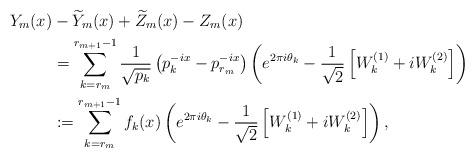
LaTeX: \begin{align*}Y_m(x)&- \widetilde{Y}_m(x)+\widetilde{Z}_m(x)-Z_m(x)\\ &=\sum_{k=r_m}^{r_{m+1}-1}\frac{1}{\sqrt{p_k}}\left(p_k^{-ix}-p_{r_m}^{-ix}\right)\left(e^{2\pi i\theta_k}-\frac{1}{\sqrt{2}}\left[W_k^{(1)}+iW_k^{(2)}\right]\right)\\ &:=\sum_{k=r_m}^{r_{m+1}-1}f_k(x)\left(e^{2\pi i\theta_k}-\frac{1}{\sqrt{2}}\left[W_k^{(1)}+iW_k^{(2)}\right]\right),\end{align*}